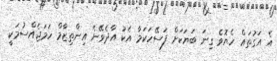
އެ އަގުތައް ހެޔޮވެ ގިނަ ބަޔަކަށް ފަސޭހަކަމާ އެކު އާދެވޭނެ އިންތިޒާމް ހަމަޖެއްސުމަކީ